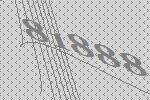
81888